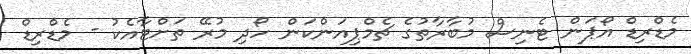
މެޑްރިޑް އޯޕަން ޓެނިސް މުބާރާތުގެ ޗެމްޕިއަންކަން ހޯދި މުރޭ ތަށްޓާއެކު - މެޑްރިޑް